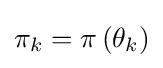
{\textstyle \pi _{k}=\pi \left(\theta _{k}\right)}